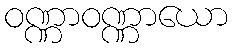
ဝဏ္ဏာဝဏ္ဏာယော